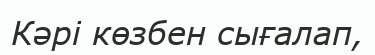
Кәрі көзбен сығалап,